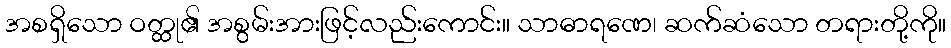
အစရှိသော ဝတ္ထု၏ အစွမ်းအားဖြင့်လည်းကောင်း။ သာဓာရဏေ၊ ဆက်ဆံသော တရားတို့ကို။